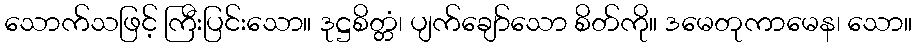
သောက်သဖြင့် ကြီးပြင်းသော။ ဒုဋ္ဌစိတ္တံ၊ ပျက်ချော်သော စိတ်ကို။ ဒမေတုကာမေန၊ သော။